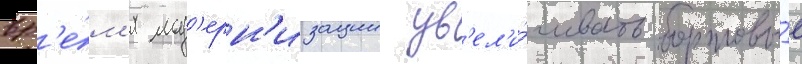
вр'е́м'я мод'ерн'изации ув'ел'и́чивать бортовы́е